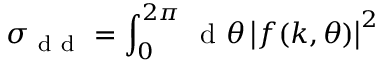
\sigma _ { \mathrm { ~ d ~ d ~ } } = \int _ { 0 } ^ { 2 \pi } \, \mathrm { ~ d ~ } \theta \left| f ( k , \theta ) \right| ^ { 2 }